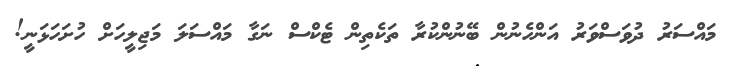
މައްސަރު ދުވަސްވަރު އަންހެނުން ބޭނުންކުރާ ތަކެތިން ޓެކްސް ނަގާ މައްސަލަ މަޖިލީހަށް ހުށަހަޅަނީ!